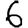
Digit: 6